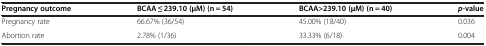
<table><thead><tr><td><b>Pregnancy outcome</b></td><td><b>BCAA ≤ 239.10 (μM) (n = 54)</b></td><td><b>BCAA&gt;239.10 (μM) (n = 40)</b></td><td><b><i>p</i>-value</b></td></tr></thead><tbody><tr><td>Pregnancy rate</td><td>66.67% (36/54)</td><td>45.00% (18/40)</td><td>0.036</td></tr><tr><td>Abortion rate</td><td>2.78% (1/36)</td><td>33.33% (6/18)</td><td>0.004</td></tr></tbody></table>